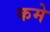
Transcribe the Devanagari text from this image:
कमे